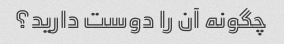
چگونه آن را دوست دارید؟